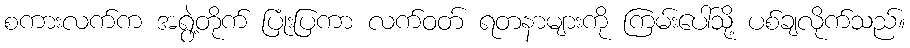
စကားလက်က အရွဲ့တိုက် ပြုံးပြကာ လက်ဝတ် ရတနာများကို ကြမ်းပေါ်သို့ ပစ်ချလိုက်သည်။